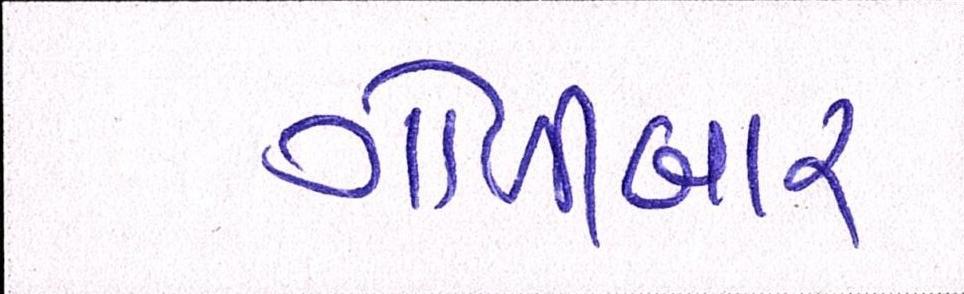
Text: ગોળીબાર